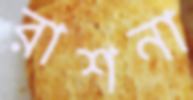
রাশনা